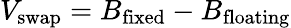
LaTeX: V_{\mathrm{swap}}=B_{\mathrm{fixed}}-B_{\mathrm{floating}}